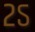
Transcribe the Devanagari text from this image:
२ऽ